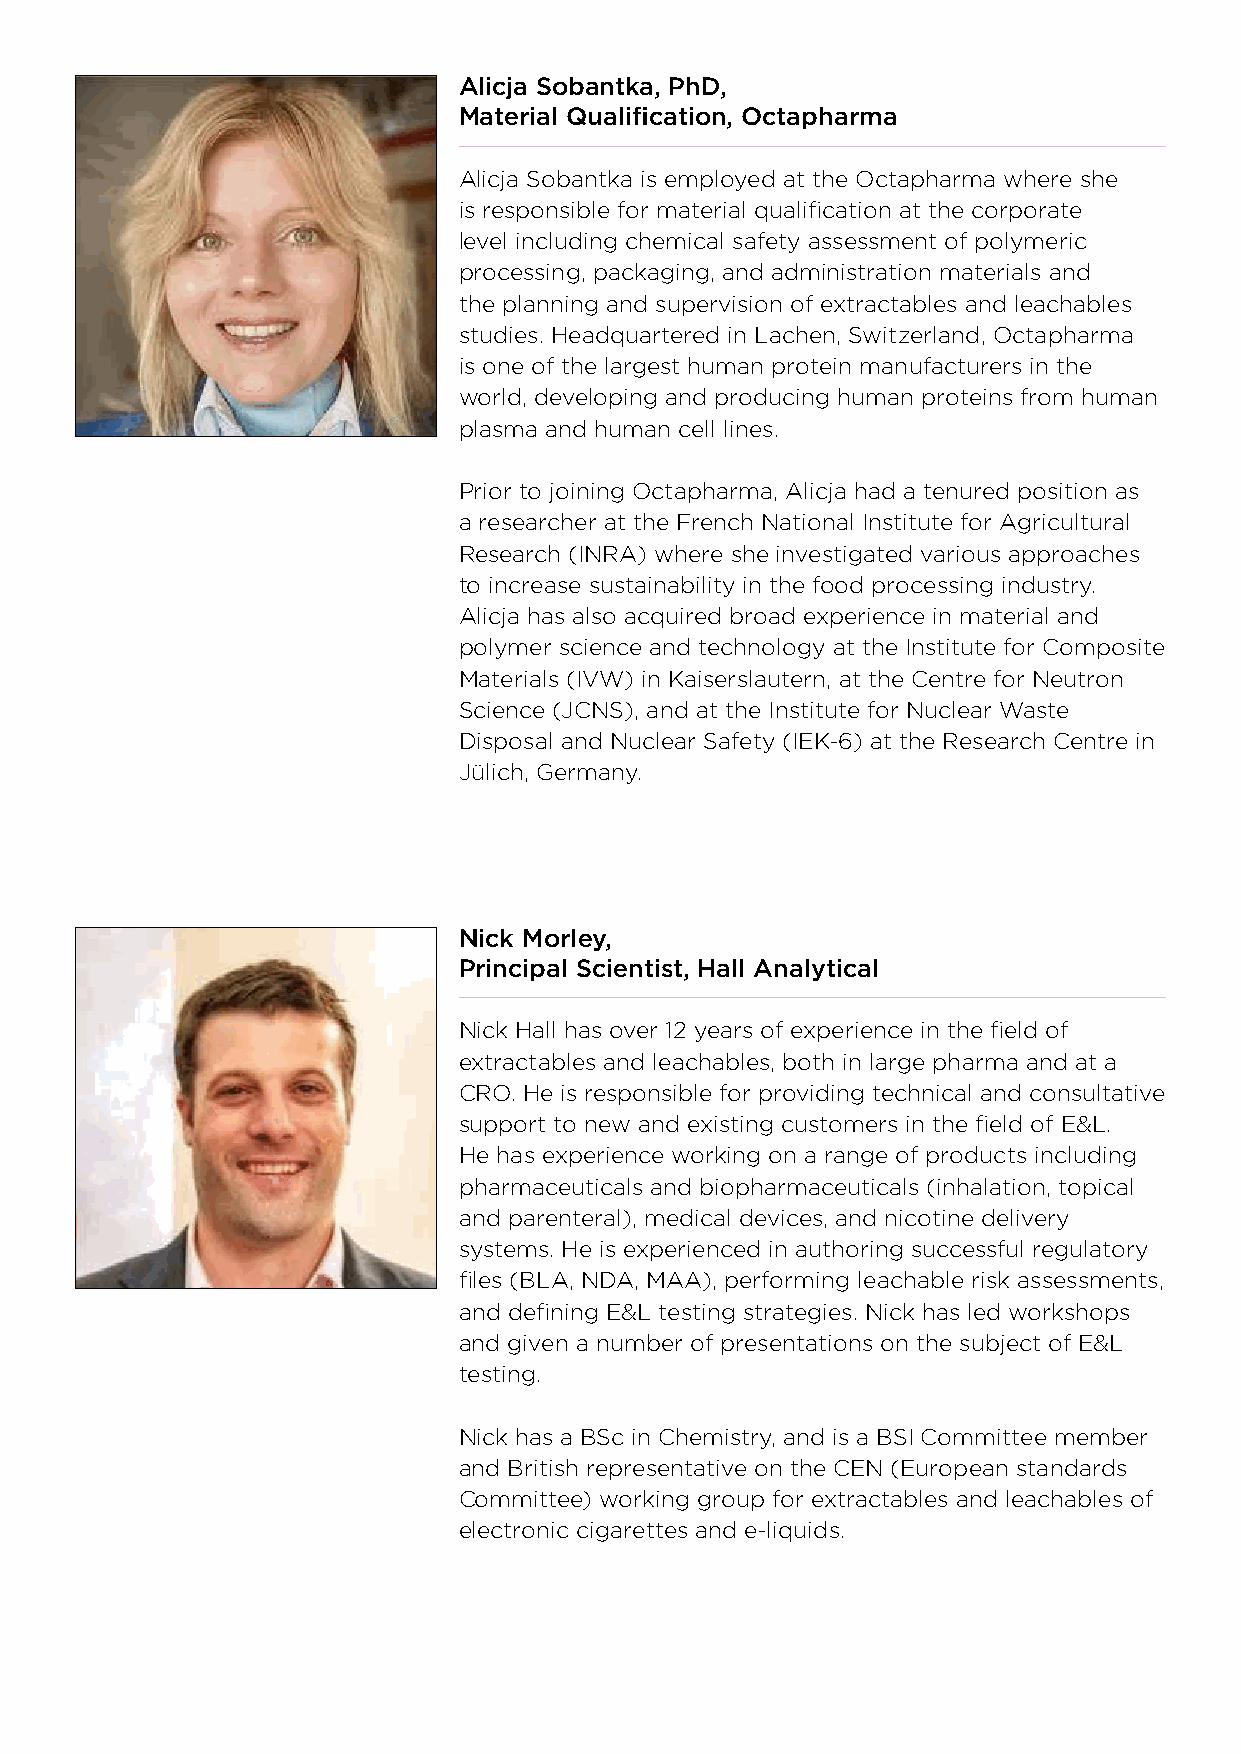
Alicja Sobantka, PhD,
 Material Qualification, Octapharma
 Alicja Sobantka is employed at the Octapharma where she
 is responsible for material qualification at the corporate
 level including chemical safety assessment of polymeric
 processing, packaging, and administration materials and
 the planning and supervision of extractables and leachables
 studies. Headquartered in Lachen, Switzerland, Octapharma
 is one of the largest human protein manufacturers in the
 world, developing and producing human proteins from human
 plasma and human cell lines.
 Prior to joining Octapharma, Alicja had a tenured position as
 a researcher at the French National Institute for Agricultural
 Research (INRA) where she investigated various approaches
 to increase sustainability in the food processing industry.
 Alicja has also acquired broad experience in material and
 polymer science and technology at the Institute for Composite
 Materials (IVW) in Kaiserslautern, at the Centre for Neutron
 Science (JCNS), and at the Institute for Nuclear Waste
 Disposal and Nuclear Safety (IEK-6) at the Research Centre in
 Jülich, Germany.
 Nick Morley,
 Principal Scientist, Hall Analytical
 Nick Hall has over 12 years of experience in the field of
 extractables and leachables, both in large pharma and at a
 CRO. He is responsible for providing technical and consultative
 support to new and existing customers in the field of E&L.
 He has experience working on a range of products including
 pharmaceuticals and biopharmaceuticals (inhalation, topical
 and parenteral), medical devices, and nicotine delivery
 systems. He is experienced in authoring successful regulatory
 files (BLA, NDA, MAA), performing leachable risk assessments,
 and defining E&L testing strategies. Nick has led workshops
 and given a number of presentations on the subject of E&L
 testing.
 Nick has a BSc in Chemistry, and is a BSI Committee member
 and British representative on the CEN (European standards
 Committee) working group for extractables and leachables of
 electronic cigarettes and e-liquids.